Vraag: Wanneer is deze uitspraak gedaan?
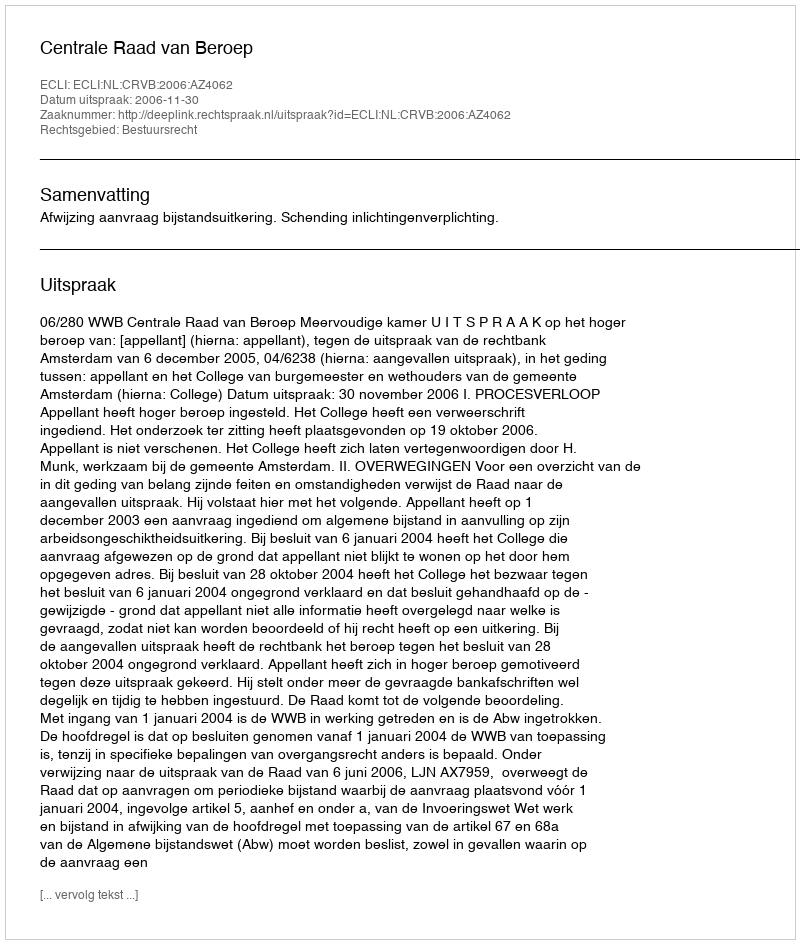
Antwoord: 2006-11-30